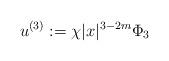
LaTeX: \begin{align*}u^{(3)}:=\chi|x|^{3-2m} \Phi_{3}\end{align*}